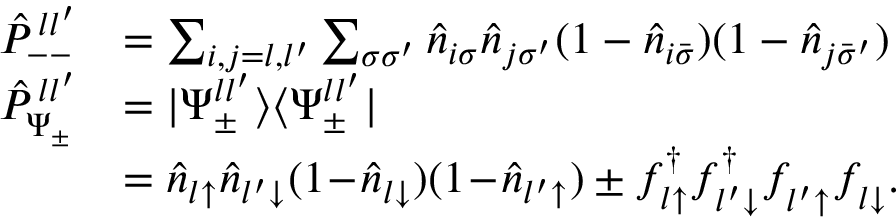
\begin{array} { r l } { \hat { P } _ { -- } ^ { \, l l ^ { \prime } } } & { = \sum _ { i , j = l , l ^ { \prime } } \sum _ { \sigma \sigma ^ { \prime } } \hat { n } _ { i \sigma } \hat { n } _ { j \sigma ^ { \prime } } ( 1 - \hat { n } _ { i \bar { \sigma } } ) ( 1 - \hat { n } _ { j \bar { \sigma } ^ { \prime } } ) } \\ { \hat { P } _ { \Psi _ { \pm } } ^ { \, l l ^ { \prime } } } & { = | \Psi _ { \pm } ^ { l l ^ { \prime } } \rangle \langle \Psi _ { \pm } ^ { l l ^ { \prime } } | } \\ & { = \hat { n } _ { l \uparrow } \hat { n } _ { l ^ { \prime } \downarrow } ( 1 \! - \! \hat { n } _ { l \downarrow } ) ( 1 \! - \! \hat { n } _ { l ^ { \prime } \uparrow } ) \pm f _ { l \uparrow } ^ { \dagger } f _ { l ^ { \prime } \downarrow } ^ { \dagger } f _ { l ^ { \prime } \uparrow } ^ { \phantom { \dagger } } f _ { l \downarrow } ^ { \phantom { \dagger } } . } \end{array}